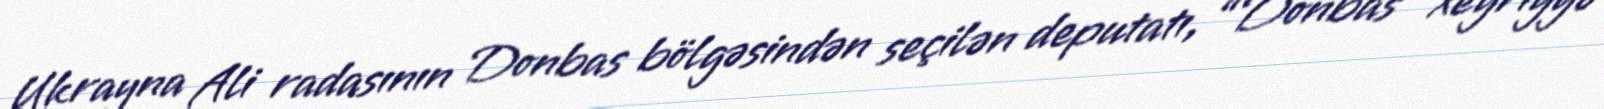
Ukrayna Ali radasının Donbas bölgəsindən seçilən deputatı, “Donbas” xeyriyyə